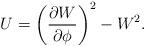
LaTeX: \begin{align*}U=\left(\frac{\partial W}{\partial \phi}\right)^2 - W^2.\end{align*}